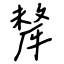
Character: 犛